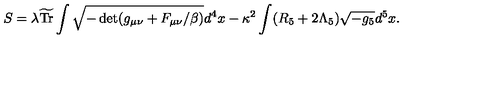
S = \lambda \widetilde { \mathrm { T r } } \int \sqrt { - \det ( g _ { \mu \nu } + F _ { \mu \nu } / \beta ) } d ^ { 4 } x - \kappa ^ { 2 } \int ( R _ { 5 } + 2 \Lambda _ { 5 } ) \sqrt { - g _ { 5 } } d ^ { 5 } x .